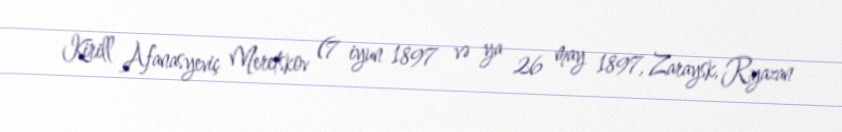
Kirill Afanasyeviç Meretskov (7 iyun 1897 və ya 26 may 1897, Zaraysk, Ryazan